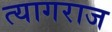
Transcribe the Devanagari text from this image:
त्‍यागराज